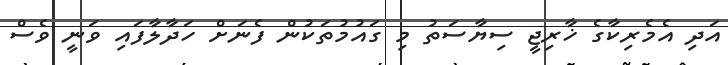
އަދި އެމެރިކާގެ ޚާރިޖީ ސިޔާސަތު މި ގައުމުތަކުން ފެނަށް ހަދާލާފައި ވަނީ ވެސް